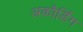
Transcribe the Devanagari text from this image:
अकौर्डिंग